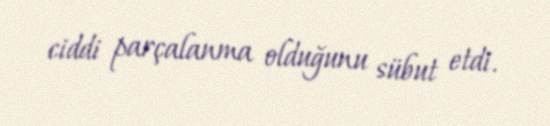
ciddi parçalanma olduğunu sübut etdi.